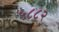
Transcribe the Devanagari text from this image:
५८८२